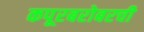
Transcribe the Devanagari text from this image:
कपूरबरोबरची